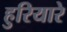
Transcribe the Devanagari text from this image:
हुरियारे